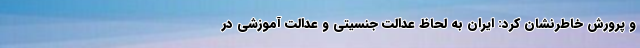
و پرورش خاطرنشان کرد: ایران به لحاظ عدالت جنسیتی و عدالت آموزشی در